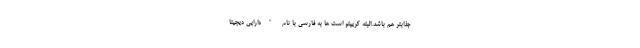
جذابتر هم باشد.البته کریپتو است ها به فارسی با نام "دارایی دیجیتا